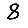
Digit: 8